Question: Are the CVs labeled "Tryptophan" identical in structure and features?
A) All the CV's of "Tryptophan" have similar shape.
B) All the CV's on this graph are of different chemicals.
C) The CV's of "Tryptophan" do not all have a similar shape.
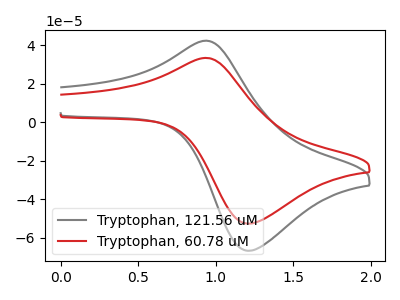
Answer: <think>The gray curve "Tryptophan, 121.56 uM" has an anodic peak at (0.95V, 42.35uA) and a cathodic peak at (1.20V, -66.75uA). The red curve "Tryptophan, 60.78 uM" has an anodic peak at (0.95V, 33.40uA) and a cathodic peak at (1.20V, -52.70uA).
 All the peaks in "Tryptophan, 121.56 uM" have a peak in "Tryptophan, 60.78 uM" at the same potential. Every peak in "Tryptophan, 121.56 uM" is higher than every peak in "Tryptophan, 60.78 uM".</think>
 <answer>A) All the CV's of "Tryptophan" have similar shape.</answer>
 <eval>A</eval>